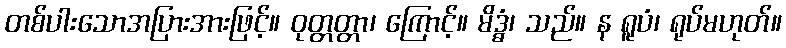
တစ်ပါးသောအပြားအားဖြင့်။ ဝုတ္တတ္တာ၊ ကြောင့်။ မိဒ္ဓံ၊ သည်။ န ရူပံ၊ ရုပ်မဟုတ်။